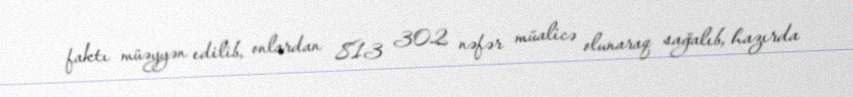
faktı müəyyən edilib, onlardan 813 302 nəfər müalicə olunaraq sağalıb, hazırda